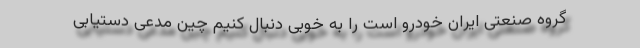
گروه صنعتی ایران خودرو است را به خوبی دنبال کنیم چین مدعی دستیابی